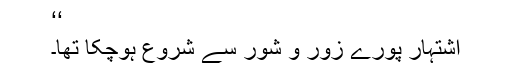
‘‘
اشتہار پورے زور و شور سے شروع ہوچکا تھا۔